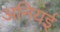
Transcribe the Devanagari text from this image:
अनियई